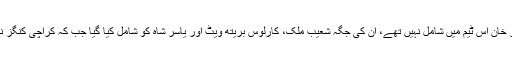
پشاور زلمی کے کپتان ڈیرن سیمی، محسن خان اور عامر خان اس ٹیم میں شامل نہیں تھے، ان کی جگہ شعیب ملک، کارلوس بریتھ ویٹ اور یاسر شاہ کو شامل کیا گیا جب کہ کراچی کنگز نے عمید آصف کی جگہ عامر یامین کو ٹیم کا حصہ بنایا۔